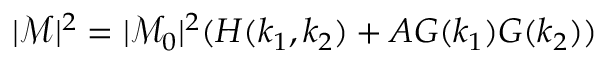
| \mathcal { M } | ^ { 2 } = | \mathcal { M } _ { 0 } | ^ { 2 } ( H ( k _ { 1 } , k _ { 2 } ) + A G ( k _ { 1 } ) G ( k _ { 2 } ) )